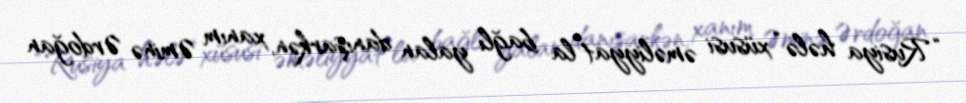
“Rusiya hələ “xüsusi əməliyyat”la bağlı yalan danışarkən, xanım Əminə Ərdoğan